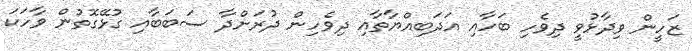
ޒަހީން ވިދާޅުވީ ދިވެހި ބަހާއި އަދަބިއްޔާތާއި ދިވެހިން ދުރަށްދާ ސަބަބާއި ގުޅޭގޮތުން ވާހަކަ